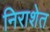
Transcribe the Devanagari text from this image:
निराशेत